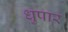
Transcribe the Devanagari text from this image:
धुपार